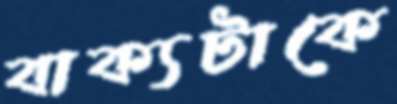
বাক্যটাকে